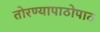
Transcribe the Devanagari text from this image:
तोरण्यापाठोपाठ